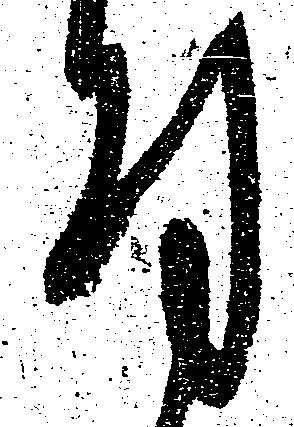
付